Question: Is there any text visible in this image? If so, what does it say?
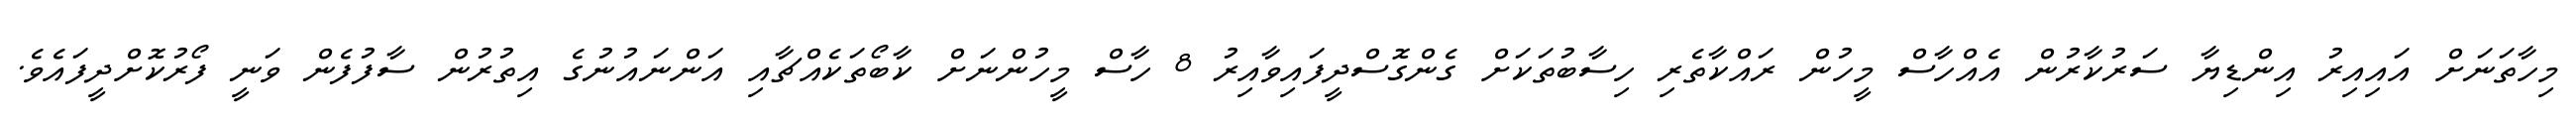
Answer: މިހާތަނަށް އައިއިރު އިންޑިޔާ ސަރުކާރުން އެއްހާސް މީހުން ރައްކާތެރި ހިސާބުތަކަށް ގެންގޮސްދީފައިވާއިރު 8 ހާސް މީހުންނަށް ކާބޯތަކެއްޗާއި އަންނައުނުގެ އިތުރުން ސާފުފެން ވަނީ ފޯރުކޮށްދީފައެވެ.